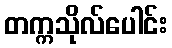
တက္ကသိုလ်ပေါင်း